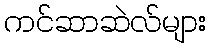
ကင်ဆာဆဲလ်များ